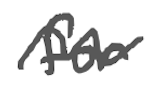
Text: for
Cross-out: wave
Writing tool: digital_gray